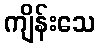
ကျိန်းသေ